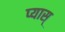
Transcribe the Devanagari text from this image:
प्यास्